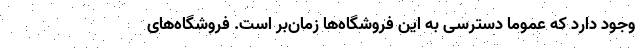
وجود دارد که عموما دسترسی به این فروشگاه­ها زمان­بر است. فروشگاه­های